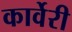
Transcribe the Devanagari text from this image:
कार्वेरी